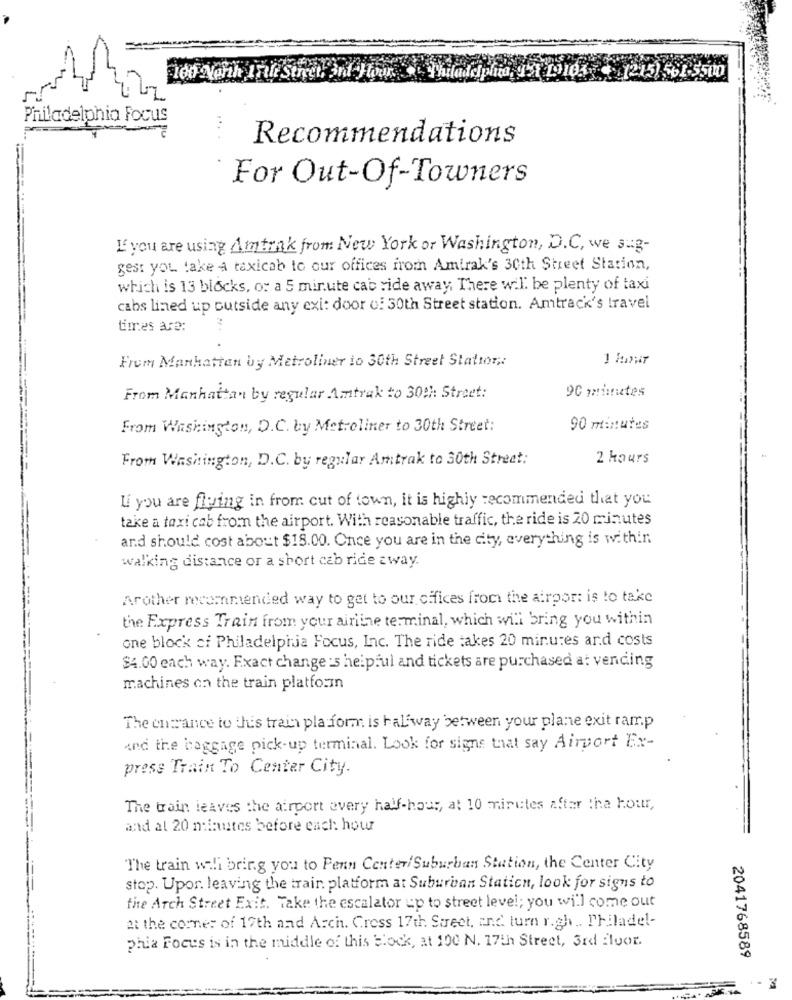
100 North IFile Street, And Hour.
(1215) 561-5500
Philadelphia Focus
Recommendations
For Out-Of-Towners
If you are using Amtrak from New York or Washington, D.C, we 3:3-
gest you take 4 taxicab to our offices from Amtrak's 30th Street Station,
which is 13 blocks, or a 5 minute cab vide away, There will be plenty of taxi
cabs lined up outside any exi: door o: 30th Street station. Amtrack's travel
times are:
From Manhattan by Metroliner to 30th Street Station ;.
90 minutes
From Manhattan by regular Amtrak to 30th Street:
From Washington, D.C. by Metroliner to 30th Street:
90 minutes
From Washington, D.C. by regular Amtrak to 30th Street:
2 hours
Li you are flying in from cut of town, it is highly recommended that you
take a taxi cab from the airport. With reasonable traffic, the ride is 20 minutes
and should cost about $18.00. Once you are in the city, everything is within
walking distance or a short cab ride away.
Arother recommended way to get to our offices from the airport is to take
the Express Train from your airline terminal, which will bring you within
one block ci Philadelphia Focus, Inc. The ride takes 20 minutes and costs
$4.00 each way. Exact change :5 helpful and tickets are purchased at vending
machines on the train platform
The entrance to this train platform is halfway between your plane exit ramp
and the baggage pick-up terminal. Look for signs that say Airport Ex-
press Train To Center City.
The train leaves the airport every half-hour, at 10 minutes after the hour,
and al 20 minutes before each: how
"The train will bring you to Penn Center/Suburban Station, the Center City
stop. Upor. leaving the train platform at Suburban Station, look for signs to
the Arch Street Exit. Take the escalator up to street level; you will come out
at the corner of 17th and Arch. Cress 17th Street, and turn r.gh .. Philadel-
Phia Focus is in the middle of this block, at 100 N. 17th Street, 3rd floor.
2041768589